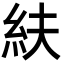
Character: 䊿